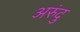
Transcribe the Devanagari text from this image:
अरुंदु